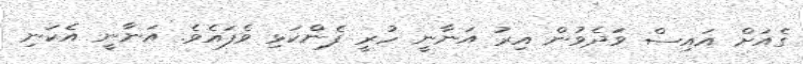
ގެއަށް އައިސް ވަދެވުން އިރު އަނާނީ ހުރީ ފެންކަޅި ވެފައެވެ. އަނާނީ އެކަނި